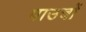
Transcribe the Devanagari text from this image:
पाउचों